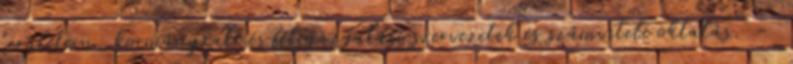
területein, kormányzati és féligazgatási szervezetek és számviteli oktatás. -